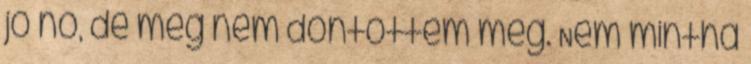
jó nő, de még nem döntöttem meg. Nem mintha